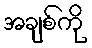
အချစ်ကို